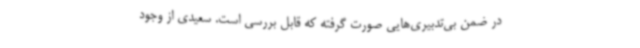
در ضمن بی‌تدبیری‌هایی صورت گرفته که قابل بررسی است. سعیدی از وجود